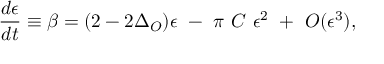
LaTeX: { \frac { d \epsilon } { d t } } \equiv \beta = ( 2 - 2 \Delta _ { O } ) \epsilon ~ - ~ \pi ~ C ~ \epsilon ^ { 2 } ~ + ~ { \cal O } ( \epsilon ^ { 3 } ) ,